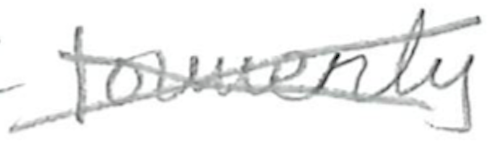
Text: formerly
Cross-out: cross
Writing tool: pencil